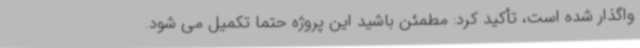
واگذار شده است، تأکید کرد: مطمئن باشید این پروژه حتماً تکمیل می شود.